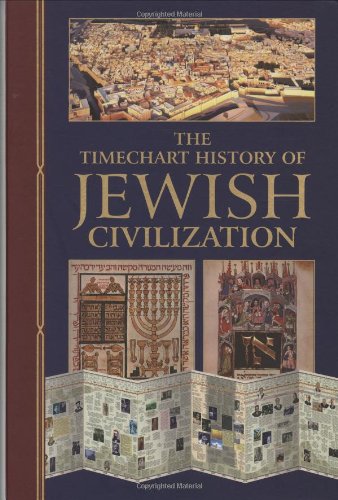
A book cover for The Timechart History of Jewish Civilization (Timechart series); Chartwell Books; Christian Books & Bibles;